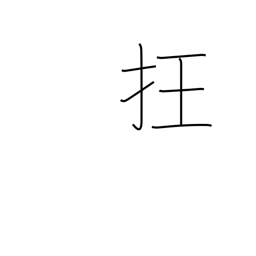
Meaning: disorder